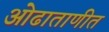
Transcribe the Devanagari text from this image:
ओढाताणीत